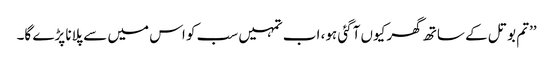
’’تم بوتل کے ساتھ گھر کیوں آگئی ہو، اب تمہیں سب کو اس میں سے پلانا پڑے گا۔